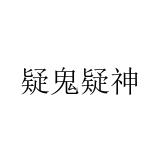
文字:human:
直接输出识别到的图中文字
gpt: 疑鬼疑神